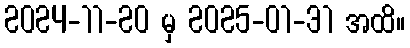
2024-11-20 မှ 2025-01-31 အထိ။